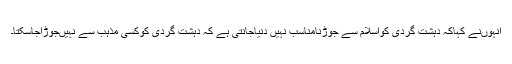
انہوںنے کہاکہ دہشت گردی کواسلام سے جوڑنامناسب نہیں دنیاجانتی ہے کہ دہشت گردی کوکسی مذہب سے نہیںجوڑاجاسکتا۔